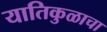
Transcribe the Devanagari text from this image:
यातिकुळाचा